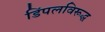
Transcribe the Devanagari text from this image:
डिंपलविरूद्ध